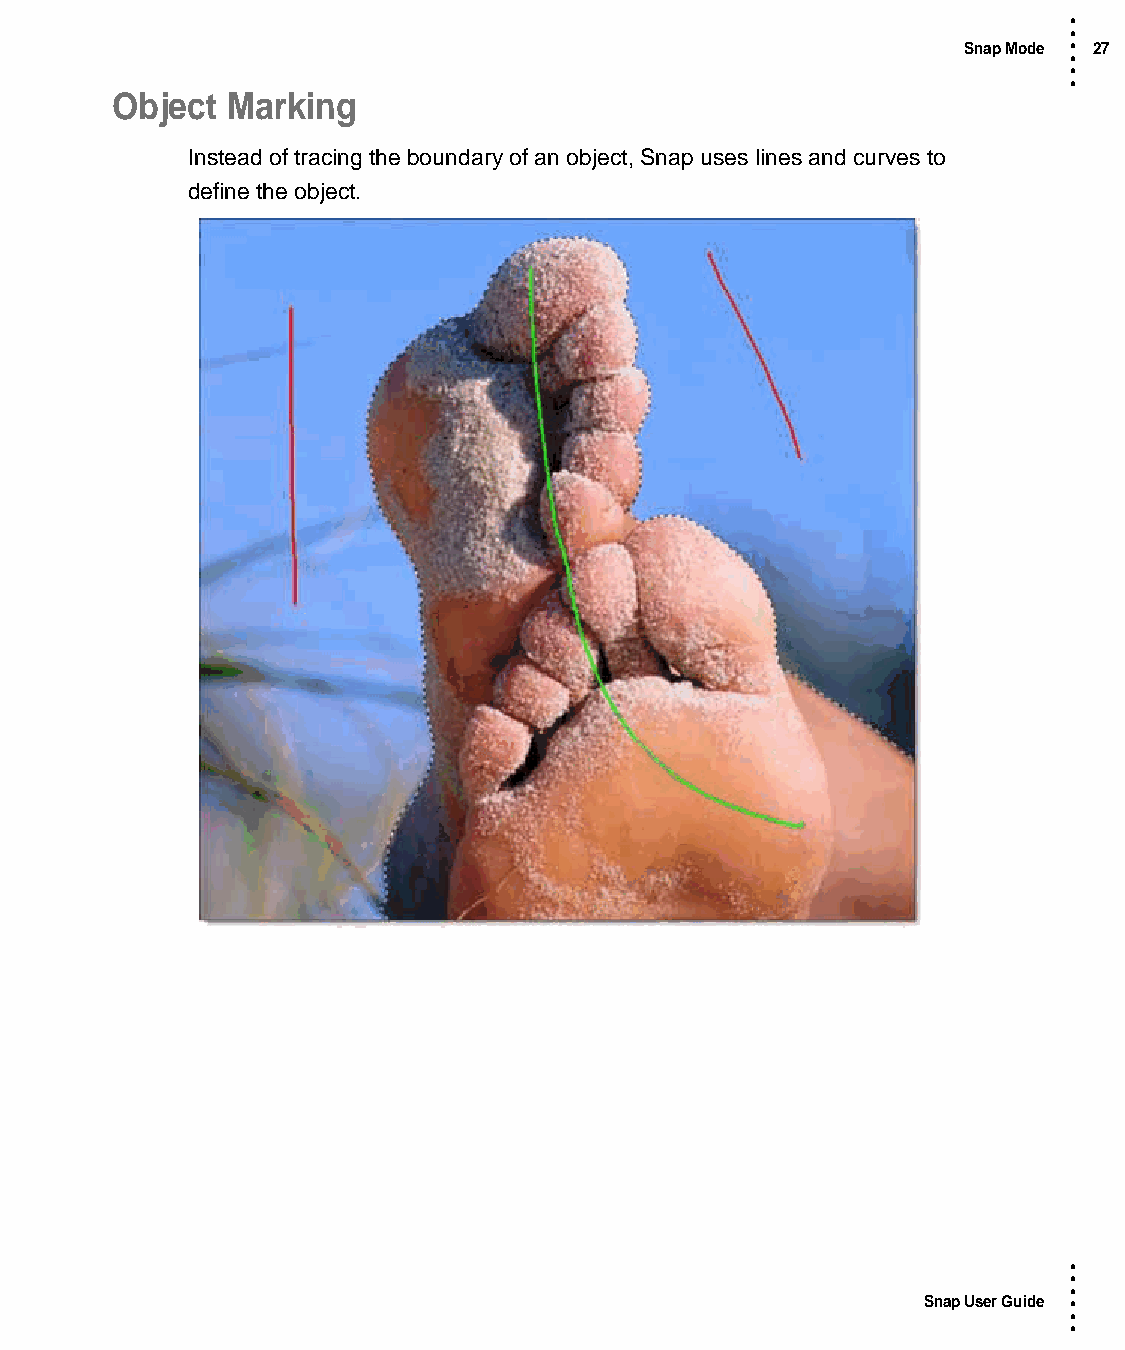
•
 •
 Snap Mode • 27
 •
 •
 •
 Object  Marking
 Instead of tracing the boundary of an object, Snap uses lines and curves to
 define the object.
 •
 •
 •
 Snap User Guide •
 •
 •